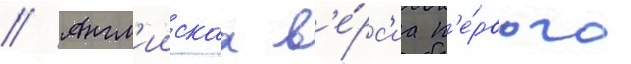
// Англ'иискаа в'е́рс'иа п'е́рвого